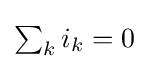
{\textstyle \sum _{k}i_{k}=0}